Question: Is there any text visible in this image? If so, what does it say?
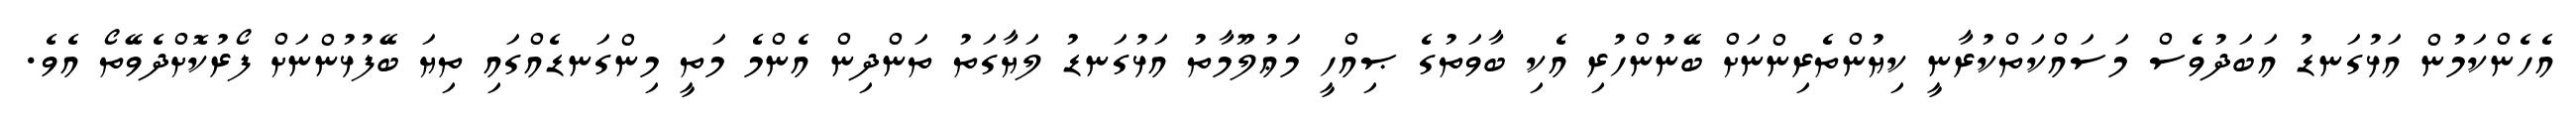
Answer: އެހެންކަމުން އަޅުގަނޑު އަބަދުވެސް މަސައްކަތްކުރާނީ ކިޔުންތެރިންނަށް ބޭނުންހުރި އެކި ބާވަތުގެ ޞިއްހީ މަޢުލޫމާތު އަޅުގަނޑު ލަޔާގަތު ތަންދިން އެންމެ މަތީ މިންގަނޑެއްގައި ތިޔަ ބޭފުޅުންނަށް ފޯރުކޮށްދެވޭތޯ އެވެ.